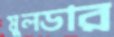
মুলডার